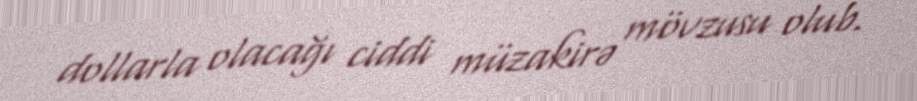
dollarla olacağı ciddi müzakirə mövzusu olub.